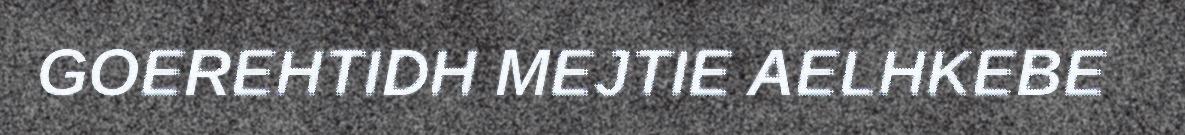
GOEREHTIDH MEJTIE AELHKEBE